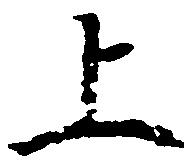
上